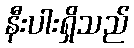
နီးပါးရှိသည်